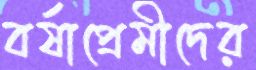
বর্ষাপ্রেমীদের